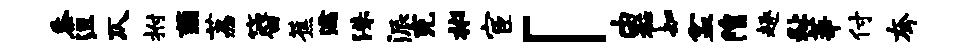
黍沮仄拊薤荔簪蕉濡洙派充彬宦「由衽知盆隍趣趾莘付夸